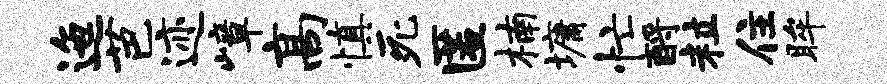
迤芭迹嶂高慎死匿楠墉忙酹粒住眸